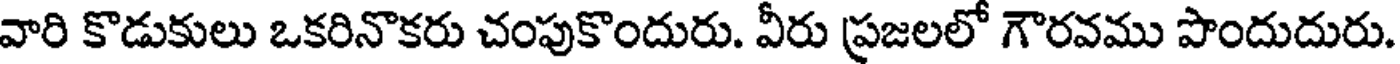
వారి కొడుకులు ఒకరినొకరు చంపుకొందురు. వీరు ప్రజలలో గౌరవము పొందుదురు.